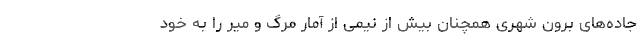
جاده‌های برون شهری همچنان بیش از نیمی از آمار مرگ و میر را به خود